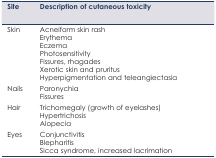
<table><thead><tr><td><b>Site</b></td><td><b>Description of cutaneous toxicity</b></td></tr></thead><tbody><tr><td rowspan="7">Skin</td><td>Acneiform skin rash</td></tr><tr><td>Erythema</td></tr><tr><td>Eczema</td></tr><tr><td>Photosensitivity</td></tr><tr><td>Fissures, rhagades</td></tr><tr><td>Xerotic skin and pruritus</td></tr><tr><td>Hyperpigmentation and teleangiectasia</td></tr><tr><td rowspan="2">Nails</td><td>Paronychia</td></tr><tr><td>Fissures</td></tr><tr><td rowspan="3">Hair</td><td>Trichomegaly (growth of eyelashes)</td></tr><tr><td>Hypertrichosis</td></tr><tr><td>Alopecia</td></tr><tr><td rowspan="3">Eyes</td><td>Conjunctivitis</td></tr><tr><td>Blepharitis</td></tr><tr><td>Sicca syndrome, increased lacrimation</td></tr></tbody></table>